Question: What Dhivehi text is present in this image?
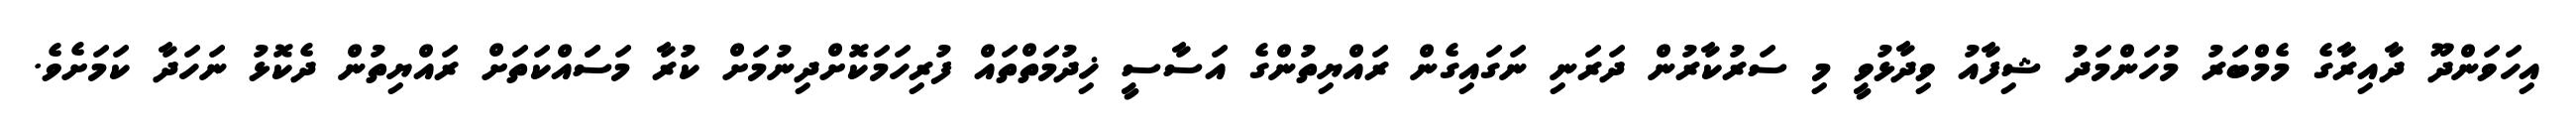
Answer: އިހަވަންދޫ ދާއިރާގެ މެމްބަރު މުހަންމަދު ޝިފާއު ވިދާޅުވީ މި ސަރުކާރުން ދަރަނި ނަގައިގެން ރައްޔިތުންގެ އަސާސީ ޚިދުމަތްތައް ފުރިހަމަކޮށްދިނުމަށް ކުރާ މަސަައްކަތަށް ރައްޔިތުން ދެކޮޅު ނަހަދާ ކަމަށެވެ.